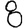
Digit: 8